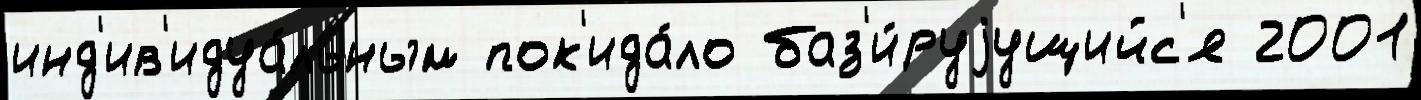
инд'ив'идуа́льным пок'ида́ло баз'и́руjущийс'я 2001